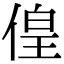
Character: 偟